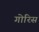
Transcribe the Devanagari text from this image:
गोरिस